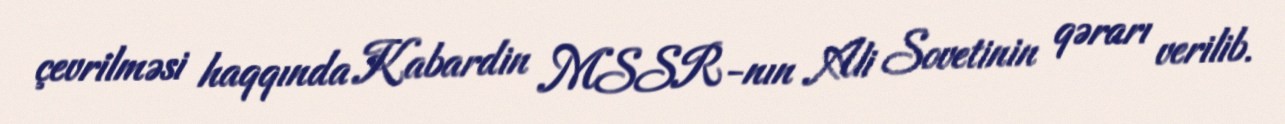
çevrilməsi haqqında Kabardin MSSR-nın Ali Sovetinin qərarı verilib.